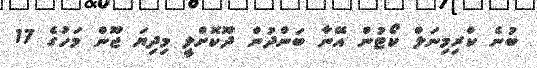
ބުނެ ކްރިމިނަލް ކޯޓުން އޭނާ ބަންދުން ދޫކޮށްލީ މިދިޔަ ޖޫން މަހުގެ 17